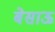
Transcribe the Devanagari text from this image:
बेसाऊ